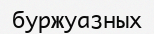
буржуазных